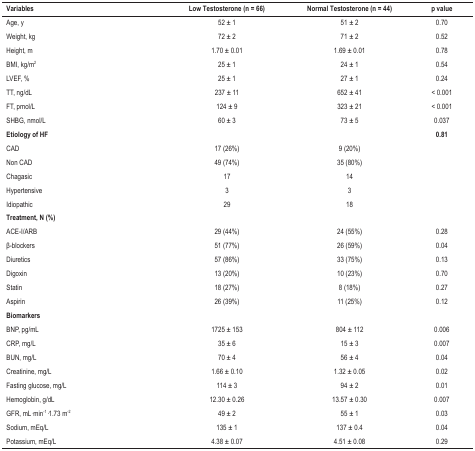
<table><thead><tr><td><b>Variables</b></td><td><b>Low Testosterone (n = 66)</b></td><td><b>Normal Testosterone (n = 44)</b></td><td><b>p value</b></td></tr></thead><tbody><tr><td>Age, y</td><td>52 ± 1</td><td>51 ± 2</td><td>0.70</td></tr><tr><td>Weight, kg</td><td>72 ± 2</td><td>71 ± 2</td><td>0.52</td></tr><tr><td>Height, m</td><td>1.70 ± 0.01</td><td>1.69 ± 0.01</td><td>0.78</td></tr><tr><td>BMI, kg/m<sup>2</sup></td><td>25 ± 1</td><td>24 ± 1</td><td>0.54</td></tr><tr><td>LVEF, %</td><td>25 ± 1</td><td>27 ± 1</td><td>0.24</td></tr><tr><td>TT, ng/dL</td><td>237 ± 11</td><td>652 ± 41</td><td>&lt; 0.001</td></tr><tr><td>FT, pmol/L</td><td>124 ± 9</td><td>323 ± 21</td><td>&lt; 0.001</td></tr><tr><td>SHBG, nmol/L</td><td>60 ± 3</td><td>73 ± 5</td><td>0.037</td></tr><tr><td><b>Etiology of HF</b></td><td> </td><td> </td><td><b>0.81</b></td></tr><tr><td>CAD</td><td>17 (26%)</td><td>9 (20%)</td><td> </td></tr><tr><td>Non CAD</td><td>49 (74%)</td><td>35 (80%)</td><td> </td></tr><tr><td>Chagasic</td><td>17</td><td>14</td><td> </td></tr><tr><td>Hypertensive</td><td>3</td><td>3</td><td> </td></tr><tr><td>Idiopathic</td><td>29</td><td>18</td><td> </td></tr><tr><td><b>Treatment, N (%)</b></td><td> </td><td> </td><td> </td></tr><tr><td>ACE-I/ARB</td><td>29 (44%)</td><td>24 (55%)</td><td>0.28</td></tr><tr><td>β-blockers</td><td>51 (77%)</td><td>26 (59%)</td><td>0.04</td></tr><tr><td>Diuretics</td><td>57 (86%)</td><td>33 (75%)</td><td>0.13</td></tr><tr><td>Digoxin</td><td>13 (20%)</td><td>10 (23%)</td><td>0.70</td></tr><tr><td>Statin</td><td>18 (27%)</td><td>8 (18%)</td><td>0.27</td></tr><tr><td>Aspirin</td><td>26 (39%)</td><td>11 (25%)</td><td>0.12</td></tr><tr><td><b>Biomarkers</b></td><td> </td><td> </td><td> </td></tr><tr><td>BNP, pg/mL</td><td>1725±153</td><td>804 ± 112</td><td>0.006</td></tr><tr><td>CRP, mg/L</td><td>35 ± 6</td><td>15 ± 3</td><td>0.007</td></tr><tr><td>BUN, mg/L</td><td>70 ± 4</td><td>56 ± 4</td><td>0.04</td></tr><tr><td>Creatinine, mg/L</td><td>1.66 ± 0.10</td><td>1.32 ± 0.05</td><td>0.02</td></tr><tr><td>Fasting glucose, mg/L</td><td>114 ± 3</td><td>94 ± 2</td><td>0.01</td></tr><tr><td>Hemoglobin, g/dL</td><td>12.30 ± 0.26</td><td>13.57 ± 0.30</td><td>0.007</td></tr><tr><td>GFR, mL min<sup>-1</sup> 1.73 m<sup>-2</sup></td><td>49 ± 2</td><td>55 ± 1</td><td>0.03</td></tr><tr><td>Sodium, mEq/L</td><td>135 ± 1</td><td>137 ± 0.4</td><td>0.04</td></tr><tr><td>Potassium, mEq/L</td><td>4.38 ± 0.07</td><td>4.51 ± 0.08</td><td>0.29</td></tr></tbody></table>